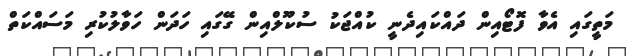
މަތީގައި އެވާ ފޮޓޯއިން ދައްކައިދެނީ ކުއްޖަކު ސުކޫލްއިން ގޭގައި ހަދަން ހަވާލުކުރި މަސައްކަތް